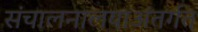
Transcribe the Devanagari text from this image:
संचालनालयाअंतर्गत